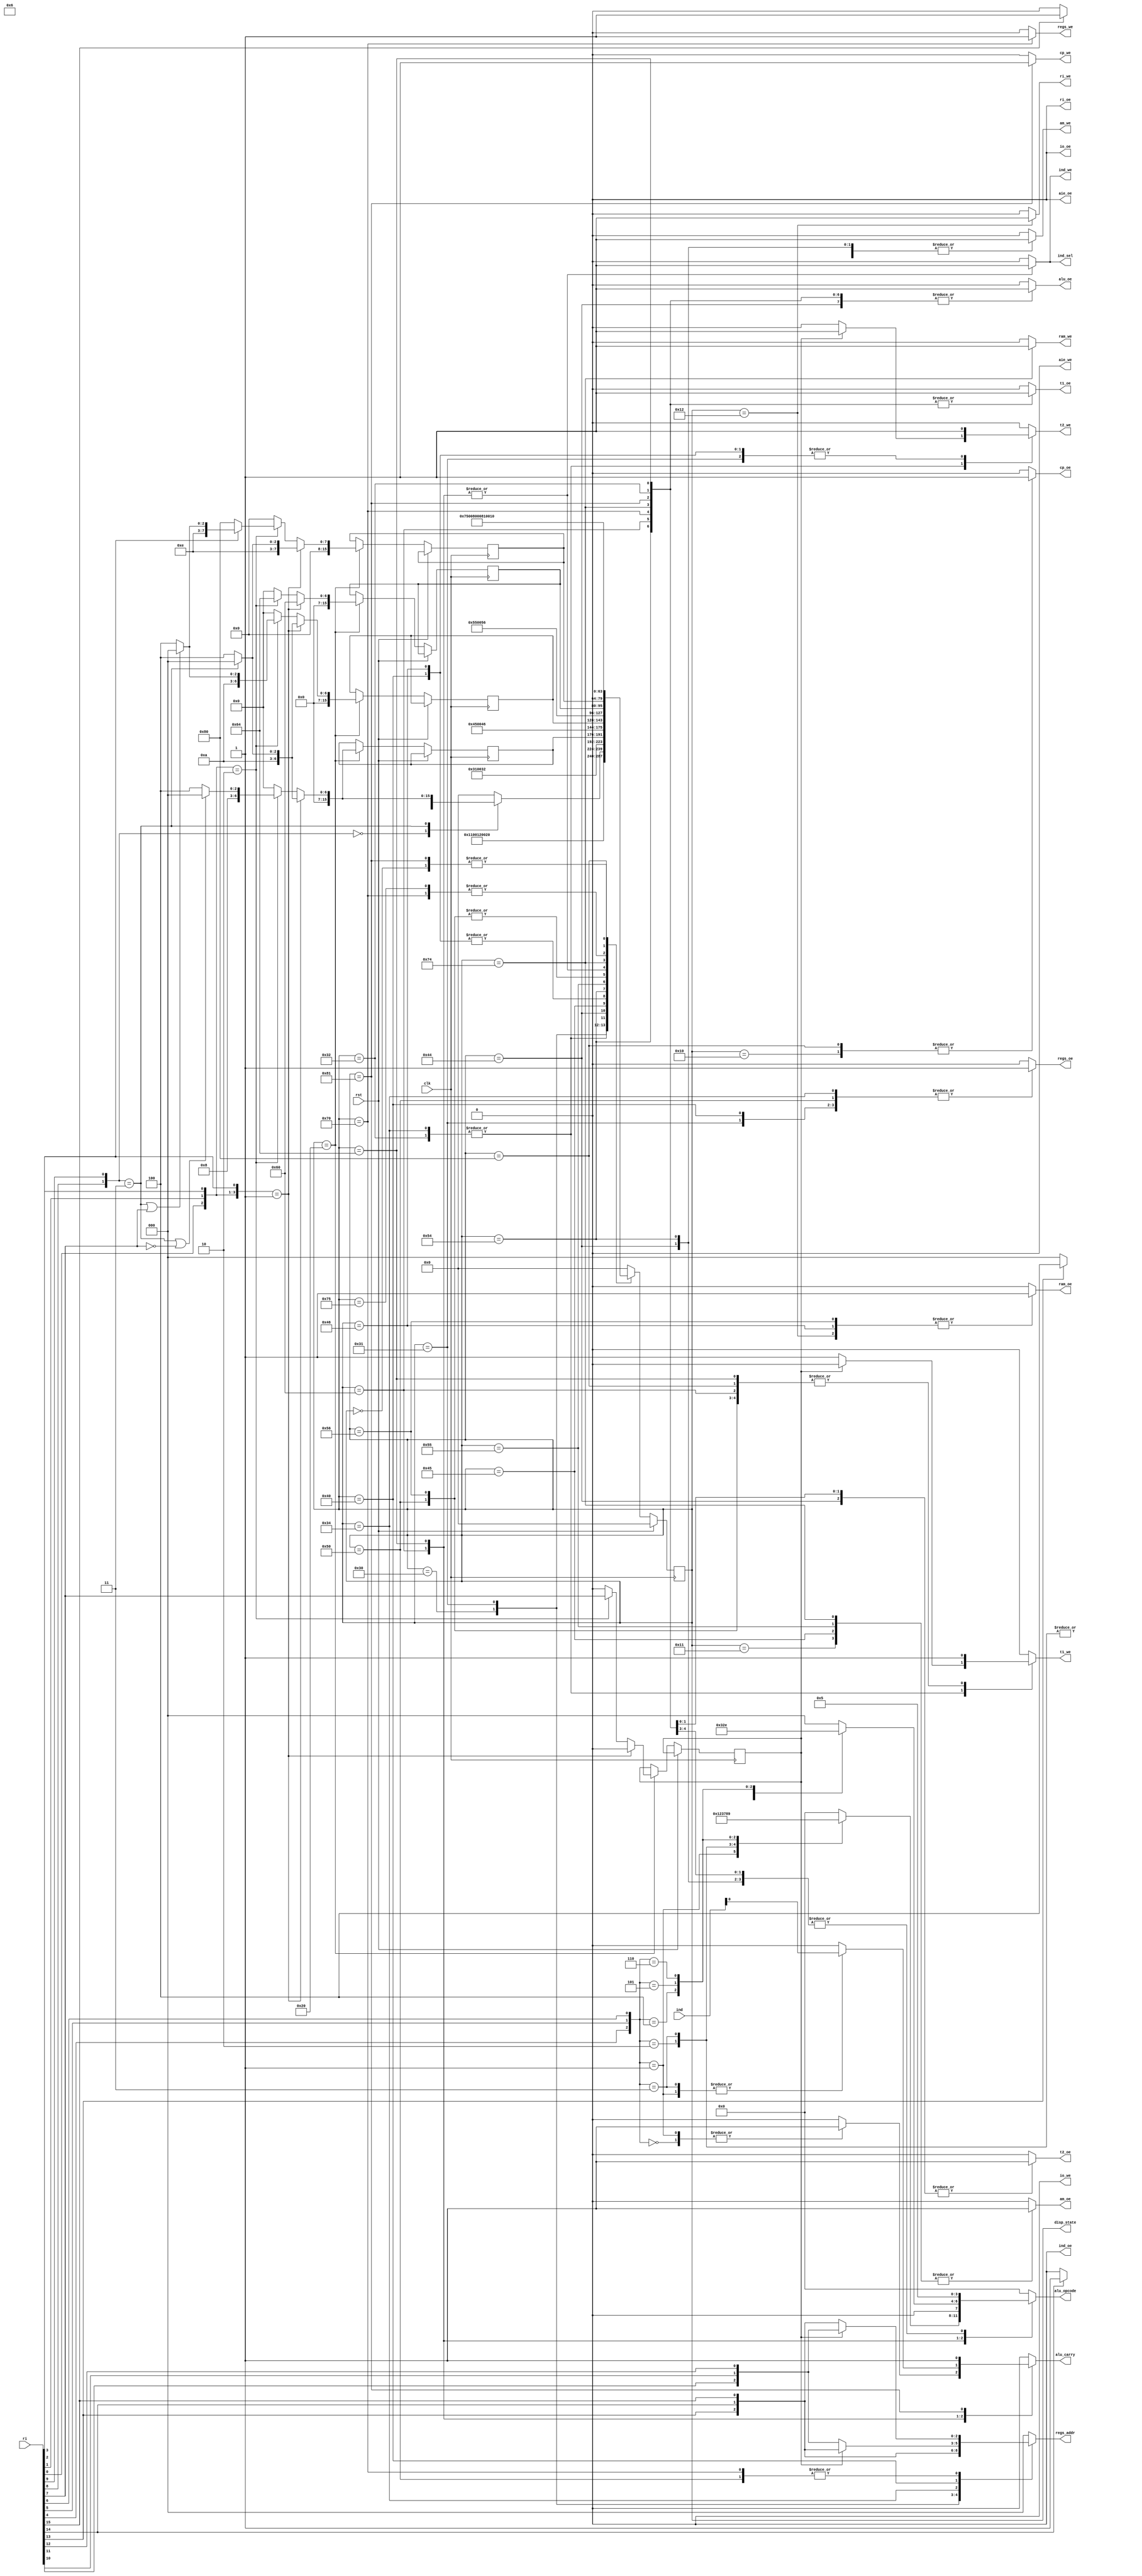
`timescale 1ns / 1ps
//////////////////////////////////////////////////////////////////////////////////
// Company:
// Engineer:
//
// Design Name:
// Module Name:    uc
// Project Name:
// Target Devices:
// Tool versions:
// Description:
//
// Dependencies:
//
// Revision:
// Revision 0.01 - File Created
// Additional Comments:
//
//////////////////////////////////////////////////////////////////////////////////
module uc(
        clk,
        rst,
        ri,
        ind,
        regs_addr,
        regs_oe,
        regs_we,
        alu_oe,
        alu_carry,
        alu_opcode,
        ram_oe,
        ram_we,
        io_oe,
        io_we,
        cp_oe,
        cp_we,
        ind_sel,
        ind_oe,
        ind_we,
        am_oe,
        am_we,
        aie_oe,
        aie_we,
        t1_oe,
        t1_we,
        t2_oe,
        t2_we,
        ri_oe,
        ri_we,
        disp_state
    );

parameter word_width =          16;
parameter state_width =         16;

`define ADC                     0
`define SBB1                    1
`define SBB2                    2
`define NOT                     3
`define AND                     4
`define OR                      5
`define XOR                     6
`define SHL                     7
`define SHR                     8
`define SAR                     9

`define RA                      0
`define RB                      1
`define RC                      2
`define IS                      3
`define XA                      4
`define XB                      5
`define BA                      6
`define BB                      7

input                           clk;
input                           rst;
input [word_width-1 : 0]        ri;
input [word_width-1 : 0]        ind;
output reg                      alu_oe;
output reg                      alu_carry;
output reg[3 : 0]               alu_opcode;
output reg                      ram_oe;
output reg                      ram_we;
output reg                      io_oe;
output reg                      io_we;
output reg[2 : 0]               regs_addr;
output reg                      regs_oe;
output reg                      regs_we;
output reg                      cp_oe;
output reg                      cp_we;
output reg                      ind_sel;        // controls IND register input (0 = bus, 1 = alu flags)
output reg                      ind_oe;
output reg                      ind_we;
output reg                      am_oe;
output reg                      am_we;
output reg                      aie_oe;
output reg                      aie_we;
output reg                      t1_oe;
output reg                      t1_we;
output reg                      t2_oe;
output reg                      t2_we;
output reg                      ri_oe;          // controls RI register output which generates the offset for Jcond instructions
output reg                      ri_we;
output[state_width-1 : 0]       disp_state;

wire [0:6]                      cop;
wire                            d;
wire [0:1]                      mod;
wire [0:2]                      rg;
wire [0:2]                      rm;

assign cop  = {ri[0], ri[1], ri[2], ri[3], ri[4], ri[5], ri[6]};
assign d    = {ri[7]};
assign mod  = {ri[8], ri[9]};
assign rg   = {ri[10], ri[11], ri[12]};
assign rm   = {ri[13], ri[14], ri[15]};

`define reset                   'h00            // reset state
`define fetch                   'h10            // load instruction to instruction register
`define decode                  'h20            // analyze loaded instruction
`define addr_sum                'h30            // computes address of the form [By+Xz] with y,z in {A, B}
`define addr_reg                'h34            // computes address of the form [yz] with y in {X, B} and z in {A, B}
`define load_src_reg            'h40            // load source operand from register
`define load_src_mem            'h44            // load source operand from memory
`define load_dst_reg            'h50            // load destination operand from register
`define load_dst_mem            'h54            // load destination operand from memory
`define exec_1op                'h60            // execute 1 operand instructions
`define exec_2op                'h64            // execute 2 operand instructions
`define store_reg               'h70            // store result to register
`define store_mem               'h74            // store result to memory
`define inc_cp                  'h80            // increment program counter

reg [state_width-1 : 0] state = `reset, state_next;
reg [state_width-1 : 0] decoded_src, decoded_src_next;      // stores decoded source operand load state
reg [state_width-1 : 0] decoded_dst, decoded_dst_next;      // stores decoded destination operand load state
reg [state_width-1 : 0] decoded_exec, decoded_exec_next;    // stores decoded execute state
reg [state_width-1 : 0] decoded_store, decoded_store_next;  // stores decoded store state
reg decoded_d, decoded_d_next;                              // stores decoded direction bit

// FSM - sequential part
always @(posedge clk) begin
    state <= `reset;

    if(!rst) begin
        state <= state_next;

        if(state == `decode) begin
            decoded_src <= decoded_src_next;
            decoded_dst <= decoded_dst_next;
            decoded_exec <= decoded_exec_next;
            decoded_store <= decoded_store_next;
            decoded_d <= decoded_d_next;
        end
    end
end

// FSM - combinational part
always @(*) begin
    state_next = `reset;
    decoded_src_next = `reset;
    decoded_dst_next = `reset;
    decoded_exec_next = `reset;
    decoded_store_next = `reset;
    decoded_d_next = 0;
    alu_oe = 0;
    alu_carry = 0;
    alu_opcode = 0;
    ram_oe = 0;
    ram_we = 0;
    io_oe = 0;
    io_we = 0;
    regs_addr = 0;
    regs_oe = 0;
    regs_we = 0;
    cp_oe = 0;
    cp_we = 0;
    ind_sel = 0;
    ind_oe = 0;
    ind_we = 0;
    am_oe = 0;
    am_we = 0;
    aie_oe = 0;
    aie_we = 0;
    t1_oe = 0;
    t1_we = 0;
    t2_oe = 0;
    t2_we = 0;
    ri_oe = 0;
    ri_we = 0;

    case(state)
        `reset: begin
            state_next = `fetch;
        end

        `fetch: begin
            cp_oe = 1;
            am_we = 1;

            state_next = `fetch + 1;
        end

        `fetch + 'd1: begin
            am_oe = 1;

            state_next = `fetch + 2;
        end

        `fetch + 'd2: begin
            ram_oe = 1;
            ri_we = 1;

            state_next = `decode;
        end

        `decode: begin
            // decode location of operands and operation
            if(cop[0:3] == 4'b0001) begin           // one operand instructions
                decoded_d_next      = 0;
                decoded_dst_next    = mod == 2'b11 ? `load_dst_reg : `load_dst_mem;
                decoded_src_next    = decoded_dst_next;
                decoded_exec_next   = `exec_1op;
                decoded_store_next  = mod == 2'b11 ? `store_reg : `store_mem;
            end
            else if(cop[0:2] == 3'b010) begin       // two operand instructions
                decoded_d_next      = d;
                decoded_dst_next    = (mod == 2'b11) || (d == 1) ? `load_dst_reg : `load_dst_mem;
                decoded_src_next    = (mod == 2'b11) || (d == 0) ? `load_src_reg : `load_src_mem;
                decoded_exec_next   = `exec_2op;
                decoded_store_next  = !cop[3] ? `inc_cp : ((mod == 2'b11) || (d == 1) ? `store_reg : `store_mem);
            end
            
            // decode address calculation mode
            case(mod)
                2'b00: begin
                    state_next = rm[0] ? `addr_reg : `addr_sum;
                end
                
                2'b11: begin
                    state_next = decoded_src_next;
                end
            endcase
        end
        
        `addr_sum: begin
            regs_addr = rm[1] ? `BB : `BA;
            regs_oe = 1;
            t1_we = 1;

            state_next = `addr_sum + 1;
        end

        `addr_sum + 'd1: begin
            regs_addr = rm[2] ? `XB : `XA;
            regs_oe = 1;
            t2_we = 1;

            state_next = `addr_sum + 2;
        end

        `addr_sum + 'd2: begin
            t1_oe = 1;
            t2_oe = 1;
            alu_carry = 0;
            alu_opcode = `ADC;
            alu_oe = 1;
            if(decoded_d)
                t2_we = 1;
            else
                t1_we = 1;

            state_next = decoded_src;
        end
        
        `addr_reg: begin
            regs_addr = rm;
            regs_oe = 1;
            if(decoded_d)
                t2_we = 1;
            else
                t1_we = 1;

            state_next = decoded_src;
        end
        
        `load_src_reg: begin
            regs_addr = decoded_d ? rm : rg;
            regs_oe = 1;
            t2_we = 1;

            state_next = decoded_dst;
        end
        
        `load_src_mem: begin
            t1_oe = 0;
            t2_oe = 1;
            alu_opcode = `OR;
            alu_oe = 1;
            am_we = 1;

            state_next = `load_src_mem + 1;
        end

        `load_src_mem + 'd1: begin
            am_oe = 1;

            state_next = `load_src_mem + 2;
        end

        `load_src_mem + 'd2: begin
            ram_oe = 1;
            t2_we = 1;

            state_next = decoded_dst;
        end

        `load_dst_reg: begin
            regs_addr = decoded_d ? rg : rm;
            regs_oe = 1;
            t1_we = 1;

            state_next = decoded_exec;
        end
        
        `load_dst_mem: begin
            t1_oe = 1;
            t2_oe = 0;
            alu_opcode = `OR;
            alu_oe = 1;
            am_we = 1;

            state_next = `load_dst_mem + 1;
        end

        `load_dst_mem + 'd1: begin
            am_oe = 1;

            state_next = `load_dst_mem + 2;
        end

        `load_dst_mem + 'd2: begin
            ram_oe = 1;
            t1_we = 1;

            state_next = decoded_exec;
        end

        `exec_1op: begin
            t1_oe = 1;
            case(cop[4:6])
                3'b000: begin                               // INC
                    alu_carry = 1;
                    alu_opcode = `ADC;
                end
                3'b001: begin                               // DEC
                    alu_carry = 1;
                    alu_opcode = `SBB1;
                end
                3'b010: begin                               // NEG
                    alu_carry = 0;
                    alu_opcode = `SBB2;
                end
                3'b011: begin                               // NOT
                    alu_opcode = `NOT;
                end
                3'b100: alu_opcode = `SHL;                  // SHL/SAL
                3'b101: alu_opcode = `SHR;                  // SHR
                3'b110: alu_opcode = `SAR;                  // SAR
            endcase
            alu_oe = 1;
            t1_we = 1;
            ind_sel = 1;
            ind_we = 1;

            state_next = decoded_store;
        end
        
        `exec_2op: begin
            t1_oe = 1;
            t2_oe = 1;
            case(cop[4:6])
                3'b000: begin                               // ADD
                    alu_carry = 0;
                    alu_opcode = `ADC;
                end
                3'b001: begin                               // ADC
                    alu_carry = ind[0];
                    alu_opcode = `ADC;
                end
                3'b010: begin                               // SUB/CMP
                    alu_carry = 0;
                    alu_opcode = `SBB1;
                end
                3'b011: begin                               // SBB
                    alu_carry = ind[0];
                    alu_opcode = `SBB1;
                end
                3'b100: alu_opcode = `AND;                  // AND/TEST
                3'b101: alu_opcode = `OR;                   // OR
                3'b110: alu_opcode = `XOR;                  // XOR
            endcase
            alu_oe = 1;
            t1_we = 1;
            ind_sel = 1;
            ind_we = 1;

            state_next = decoded_store;
        end
        
        `store_reg: begin
            t1_oe = 1;
            t2_oe = 0;
            alu_opcode = `OR;
            alu_oe = 1;
            regs_addr = decoded_d ? rg : rm;
            regs_we = 1;

            state_next = `inc_cp;
        end
        
        `store_mem: begin
            t1_oe = 1;
            t2_oe = 0;
            alu_opcode = `OR;
            alu_oe = 1;
            am_oe = 1;
            ram_we = 1;

            state_next = `store_mem + 1;
        end

        `store_mem + 'd1: begin
            state_next = `inc_cp;
        end

        `inc_cp: begin
            cp_oe = 1;
            t1_we = 1;

            state_next = `inc_cp + 1;
        end

        `inc_cp + 'd1: begin
            t1_oe = 1;
            cp_we = 1;
            alu_oe = 1;
            alu_carry = 1;
            alu_opcode = `ADC;

            state_next = `fetch;
        end

        default: ;
    endcase
end

assign disp_state = state;

endmodule